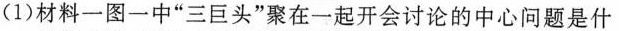
(1)材料一图一中”三巨头”聚在一起开会讨论的中心问题是什